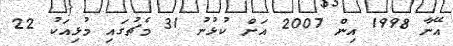
އޭނާ 1998 އިން 2007 އަށް ކުޅުނު 31 މެޗުގައި މުޅިއަކު 22